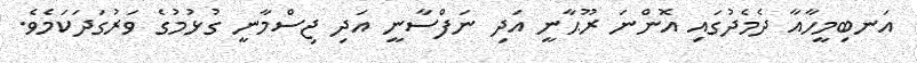
އަނބިމީހާއާ ދެމެދުގައި އޮންނަ ރޫޙާނީ އަދި ނަފްސާނީ އަދި ޖިސްމާނީ ގުޅުމުގެ ވަރުގަދަކަމެވެ.